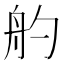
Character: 𦨓